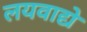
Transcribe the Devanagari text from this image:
लयवाद्ये